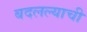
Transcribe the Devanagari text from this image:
बदलल्याची